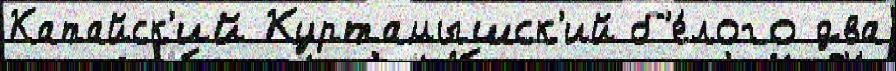
Катайск'ий Куртамышск'ий б'е́лого два